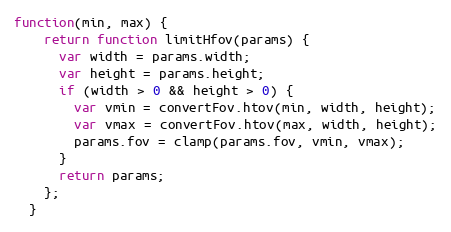
Language: JavaScript
function(min, max) {
    return function limitHfov(params) {
      var width = params.width;
      var height = params.height;
      if (width > 0 && height > 0) {
        var vmin = convertFov.htov(min, width, height);
        var vmax = convertFov.htov(max, width, height);
        params.fov = clamp(params.fov, vmin, vmax);
      }
      return params;
    };
  }